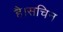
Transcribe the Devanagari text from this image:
है।सचिन